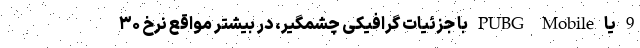
9 یا PUBG Mobile با جزئیات گرافیکی چشمگیر، در بیشتر مواقع نرخ ۳۰